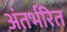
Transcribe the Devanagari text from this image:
अंतर्भरित